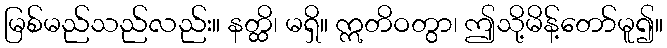
မြစ်မည်သည်လည်း။ နတ္ထိ၊ မရှိ။ ဣတိဝတွာ၊ ဤသို့မိန့်တော်မူ၍။